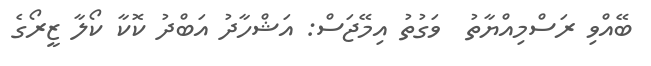
ބޭއްވި ރަސްމިއްޔާތު  ވަގުތު އިމޭޖަސް: އަޝްހާދު އަބްދު ކޮކާ ކޯލާ ޒީރޯގެ